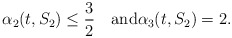
\begin{align*}\alpha_2(t,S_2) \leq \frac{3}{2}\quad\textrm{and}\alpha_3(t,S_2) = 2.\end{align*}